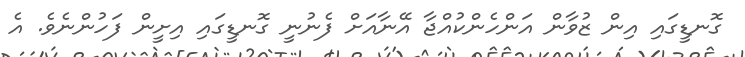
ގޮނޑީގައި އިން ޒުވާން އަންހެންކުއްޖާ އޭނާއަށް ފެނުނީ ގޮނޑީގައި އިށީން ފަހުންނެވެ. އެ